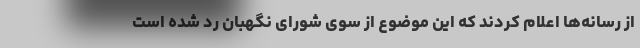
از رسانه‌ها اعلام کردند که این موضوع از سوی شورای نگهبان رد شده است